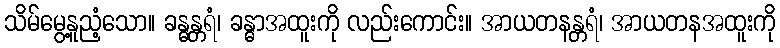
သိမ်မွေ့နူညံ့သော။ ခန္ဓန္တရံ၊ ခန္ဓာအထူးကို လည်းကောင်း။ အာယတနန္တရံ၊ အာယတနအထူးကို